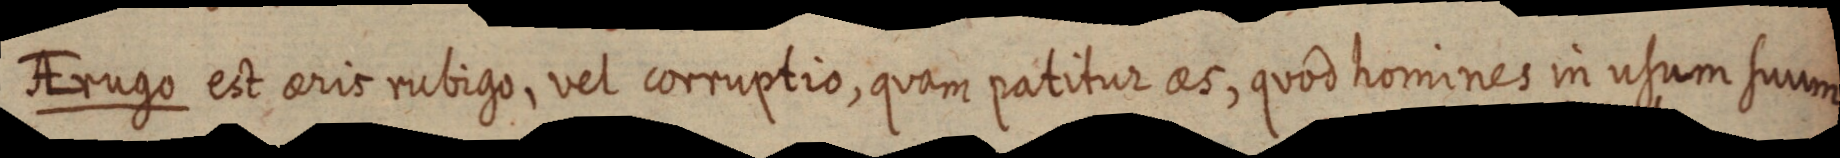
AErugo est aeris rubigo, vel corruptio, quam patitur aes, quod homines in usum suum